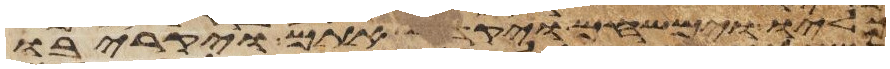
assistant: כליו וימשחם ויקדש אתם ויקריבו